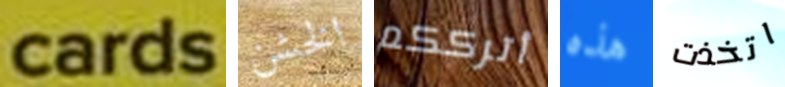
cards الخشن أترككم هذه اتخذت